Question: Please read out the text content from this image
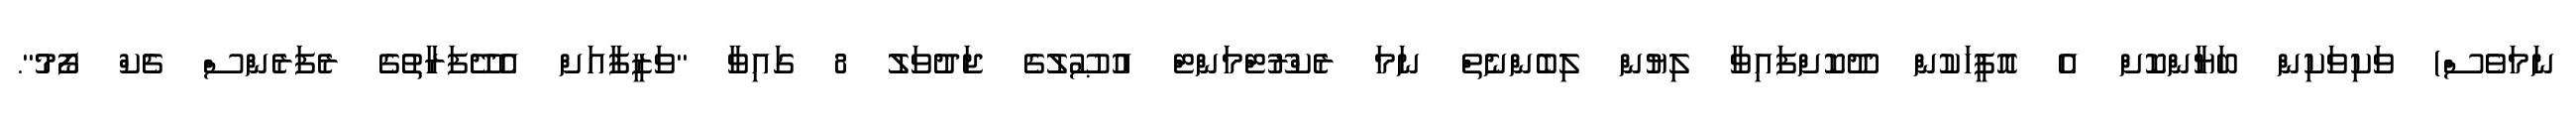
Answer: ނަމަވެސް) ވަކިވަކިން ބަޔާންކޮށް އެ އޮފީހަކުން ދޫކޮށްފައިވާ ލިޔުން ލިބެންނެތް ނަމަ ރެކްރޫޓްމަންޓް އުޞޫލުގެ ޖަދުވަލު 8 ގައިވާ "ވަޒީފާއަށް އެދޭފަރާތުގެ ރެފަރެންސް ޗެކް ފޯމު".